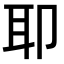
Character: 𫆀